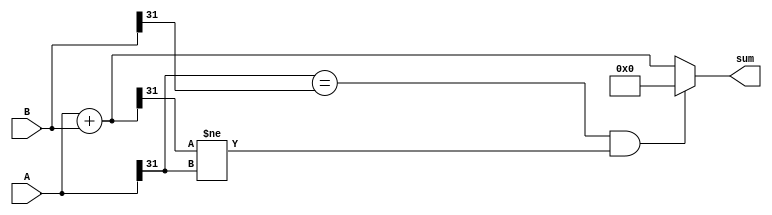
module fixed_point_adder (
    input signed [31:0] A,
    input signed [31:0] B,
    output reg signed [31:0] sum
);

reg [31:0] temp_sum;

always @* begin
    temp_sum = A + B;
    if (A[31] == B[31] && temp_sum[31] != A[31]) begin
        // Overflow detected
        sum = 32'b0;
    end else begin
        // No overflow
        sum = temp_sum;
    end
end

endmodule